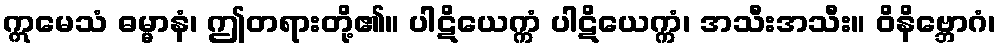
ဣမေသံ ဓမ္မာနံ၊ ဤတရားတို့၏။ ပါဋိယေက္ကံ ပါဋိယေက္ကံ၊ အသီးအသီး။ ဝိနိဗ္ဘောဂံ၊